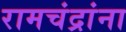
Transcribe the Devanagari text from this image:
रामचंद्रांना